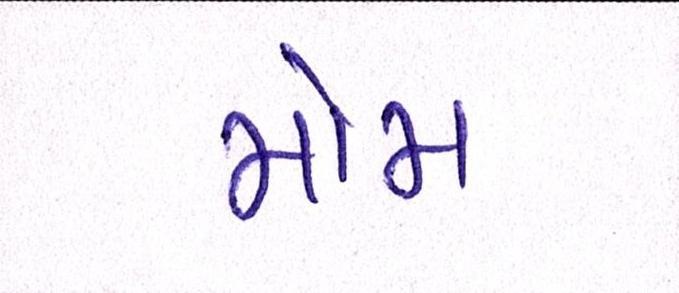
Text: મોમ